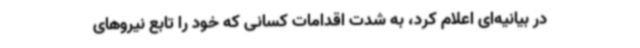
در بیانیه‌ای اعلام کرد، به شدت اقدامات کسانی که خود را تابع نیروهای